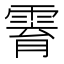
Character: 𱁟